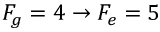
F _ { g } = 4 \rightarrow F _ { e } = 5